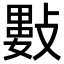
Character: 𢿘